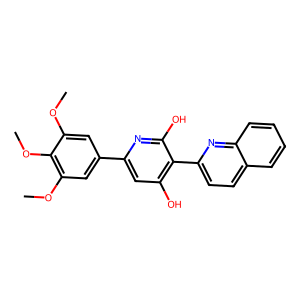
SMILES: COc1cc(-c2cc(O)c(-c3ccc4ccccc4n3)c(O)n2)cc(OC)c1OC
Inhibits HIV replication: No